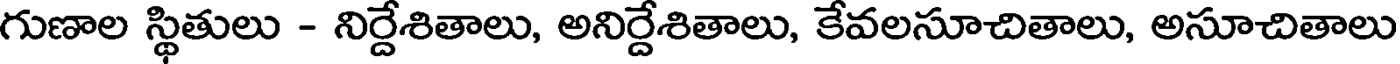
గుణాల స్థితులు - నిర్దేశితాలు, అనిర్దేశితాలు, కేవలసూచితాలు, అసూచితాలు